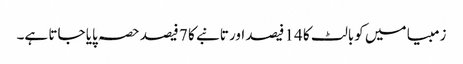
زمبیا میں کوبالٹ کا 14 فیصد اور تانبے کا 7 فیصد حصہ پایا جاتا ہے۔